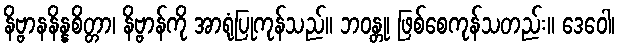
နိဗ္ဗာနနိန္နစိတ္တာ၊ နိဗ္ဗာန်ကို အာရုံပြုကုန်သည်။ ဘဝန္တု၊ ဖြစ်စေကုန်သတည်း။ ဒေဝေါ၊